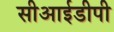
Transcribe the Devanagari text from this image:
सीआईडीपी